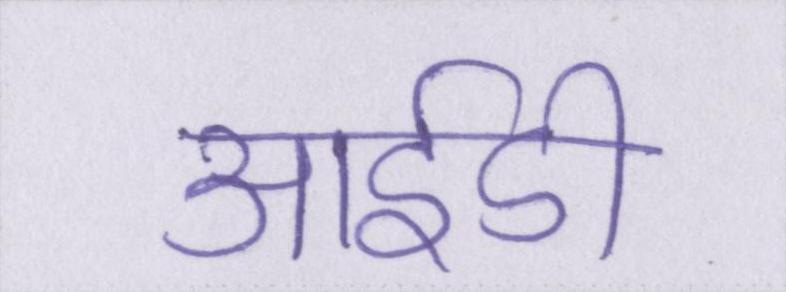
आईडी